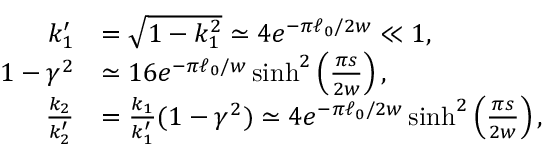
\begin{array} { r l } { k _ { 1 } ^ { \prime } } & { = \sqrt { 1 - k _ { 1 } ^ { 2 } } \simeq 4 e ^ { - \pi \ell _ { 0 } / 2 w } \ll 1 , } \\ { 1 - \gamma ^ { 2 } } & { \simeq 1 6 e ^ { - \pi \ell _ { 0 } / w } \sinh ^ { 2 } \left( \frac { \pi s } { 2 w } \right) , } \\ { \frac { k _ { 2 } } { k _ { 2 } ^ { \prime } } } & { = \frac { k _ { 1 } } { k _ { 1 } ^ { \prime } } ( 1 - \gamma ^ { 2 } ) \simeq 4 e ^ { - \pi \ell _ { 0 } / 2 w } \sinh ^ { 2 } \left( \frac { \pi s } { 2 w } \right) , } \end{array}